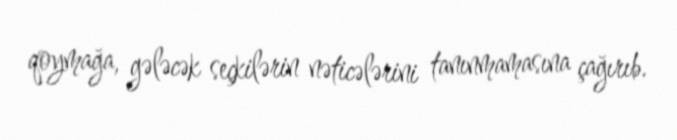
qoymağa, gələcək seçkilərin nəticələrini tanınmamasına çağırıb.